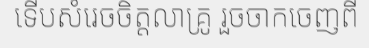
ទើបសំរេចចិត្តលាគ្រូ រួចចាកចេញពី